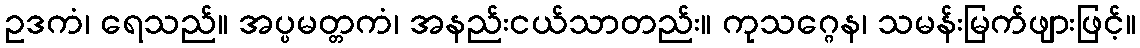
ဥဒကံ၊ ရေသည်။ အပ္ပမတ္တကံ၊ အနည်းငယ်သာတည်း။ ကုသဂ္ဂေန၊ သမန်းမြက်ဖျားဖြင့်။